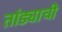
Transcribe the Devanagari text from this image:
तांड्याची